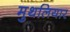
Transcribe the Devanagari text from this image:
मुथलियार